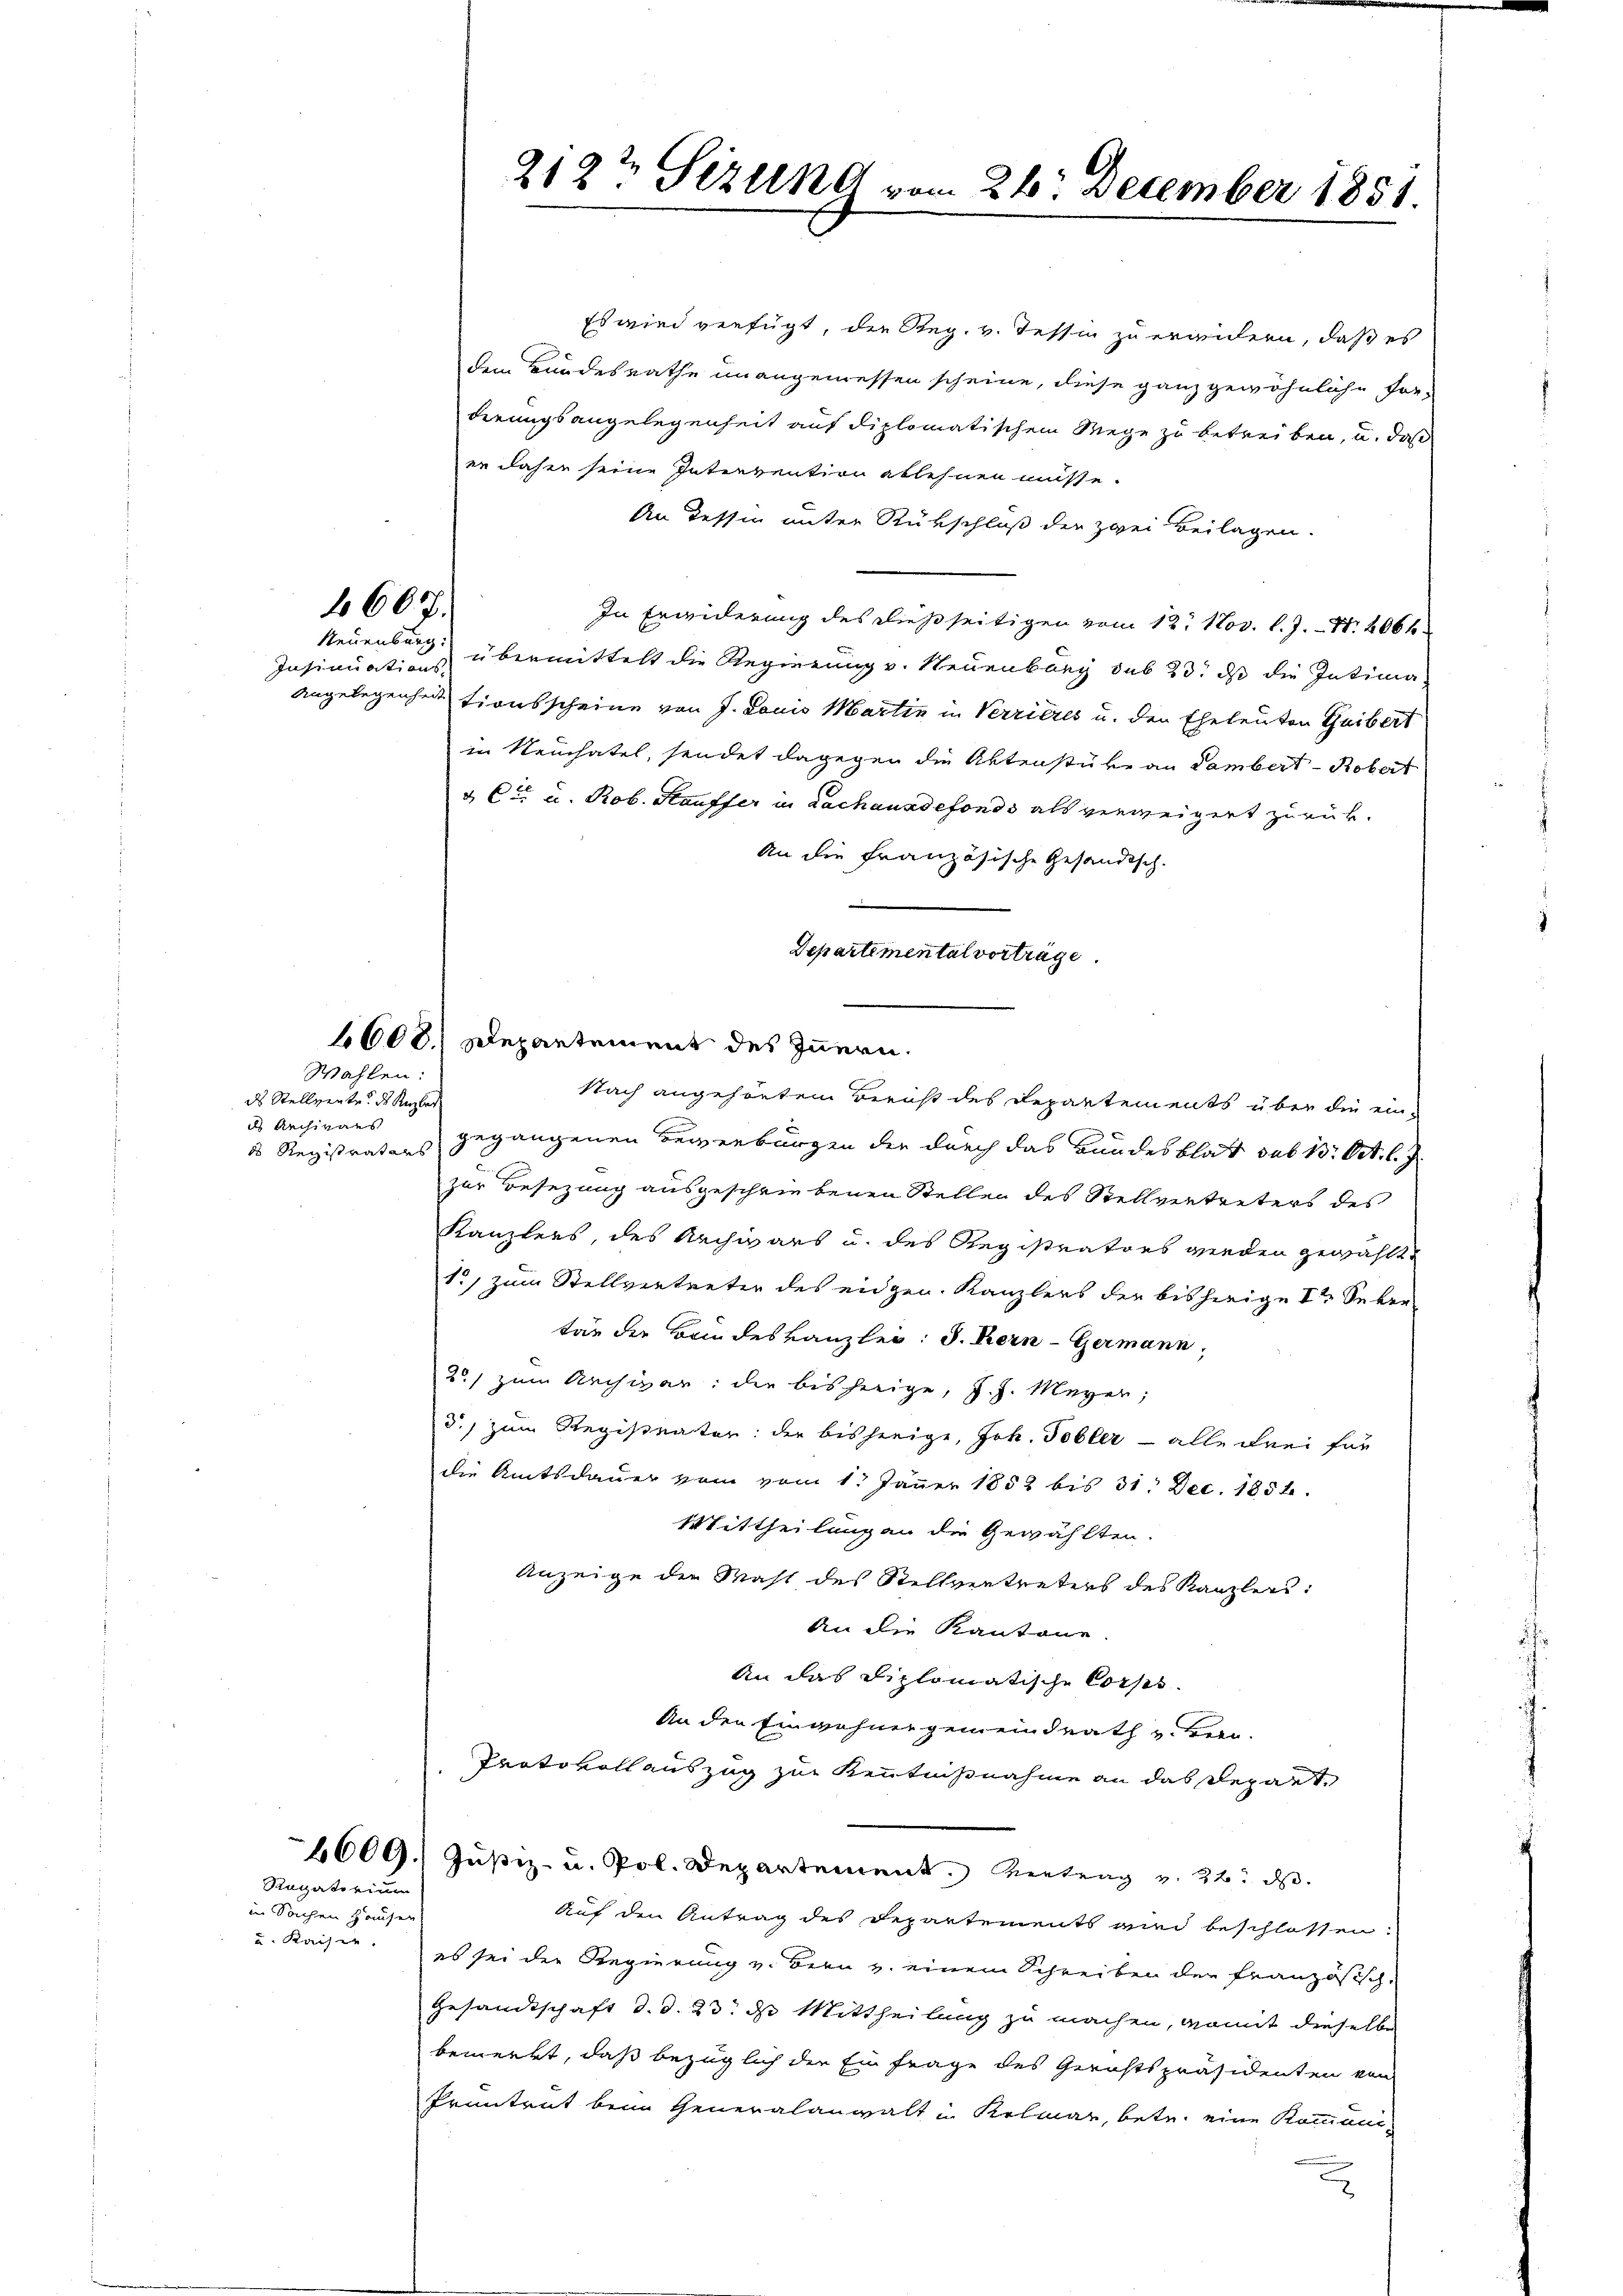
4607.

Neuenburg:

Wahlen:
ds Stellvertr. des Kanzler
ds Archivars
d Registrators

Rantaterium

in Sachen Hauser
u. Kaiser.

212t Sizung vom 26. December 1851.

Es wird verfügt, die Reg. v. Tessin zu erwidern, daß es
dem Bundesrathe unangemessen scheine, diese ganz gewöhnliche For-
derungsangelegenheit auf diplomatischem Wege zu betreiben, u. daß
er daher seine Intervention ablehnen müsse.
An Tessin unter Rückschluß der zwei Beilagen.
In Erwiderung des dießseitigen vom 12. Nov. l. J. N. 206 f
Insinuations übermittelt die Regierung v. Neuenburg sub 23. ds die Intima¬
Angelegenheit tionsscheine von J. Louis Martin in Verrieres u. den Eheleuten Guibert
in Neuchatel, sendet dagegen die Aktenstüke an Lambert - Robert
 Ct. u. Rob. Kauffer in Lachauadefonds als verweigert zurück.
An die Französische Gesandisch-
Departemental vorträge.
6600. Departement des Innern.
gegangenen Bewerburgen der durch das Bundesblatt des 13. Oct. l.
zur Besezung ausgeschriebenen Stellen des Stellvertreters des
Kanzlers, des Archivars u. des Registrators werden gewählte
1) zum Stellvertreter des eidgen. Kanzlers der bisherige I 2 Seben
tär die Brindeskanzlei: J. Kern-Germann,
2) zum Archivar: die bisherige, J. J. Meyer;
d.) zum Registrater: der bisherige, Joh. Tobler - alle drei für
die Amtsdauer vom vom 1. Jäṅer 1852 bis 31. Dec. 1854.
Mittheilung an die Gewählten.
Anzeige der Mast des Stellvertreters des Kanzlers:
An die Kantone.
An das Diplomatische Corps.
An den Einwohnergemeindrath u. Bern.
Protokoll auszug zur Kenntnißnahme an das Depart.
1609.) Jŭstiz- u. Pol. Departement. Vertrag v. 22. d.
Auf den Antrag des Departements wird beschlossen:
es sei der Regierung v. Bern v. einem Schreiben der Französisch
Gesandtschaft d. d. 23. ds Mittheilung zu machen, womit dieselbe
bemerkt, daß bezüglich die Einfrage des Gerichtspräsidenten von
Pruntrut beim Generalanwalt in Kolmar, betr. eine Kommand

Nach angehörtem Bericht des Departements über die ein-